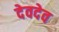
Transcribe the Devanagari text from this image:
देवदेव